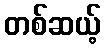
တစ်ဆယ့်